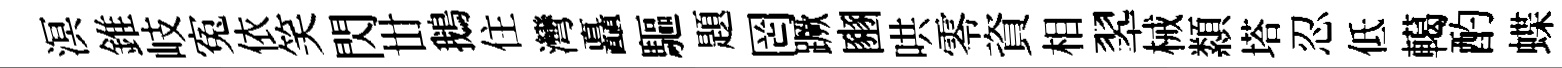
溟錐岐寃依笑閃丗鵝住灣矗驅題罔蹶豳哄零資相翆械纇塔忍低轕酌蝶